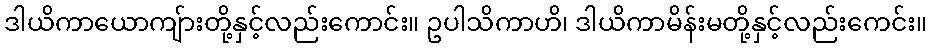
ဒါယိကာယောကျ်ားတို့နှင့်လည်းကောင်း။ ဥပါသိကာဟိ၊ ဒါယိကာမိန်းမတို့နှင့်လည်းကေင်း။